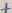
Text: +